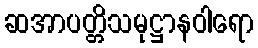
ဆအာပတ္တိသမုဋ္ဌာနဝါရော